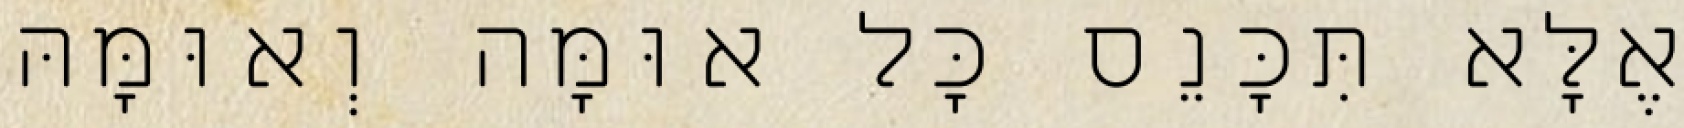
אֶלָּא תִּכָּנֵס כׇּל אוּמָּה וְאוּמָּהּ